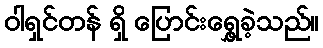
ဝါရှင်တန် ရှိ ပြောင်းရွှေ့ခဲ့သည်။